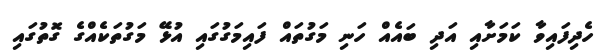
ހެދިފައިވާ ކަމަށާއި އަދި ބައެއް ހަނި މަގުތައް ފައިމަގުގައި އުޅޭ މަގުތަކެއްގެ ގޮތުގައި